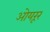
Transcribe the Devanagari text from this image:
ओयरूर